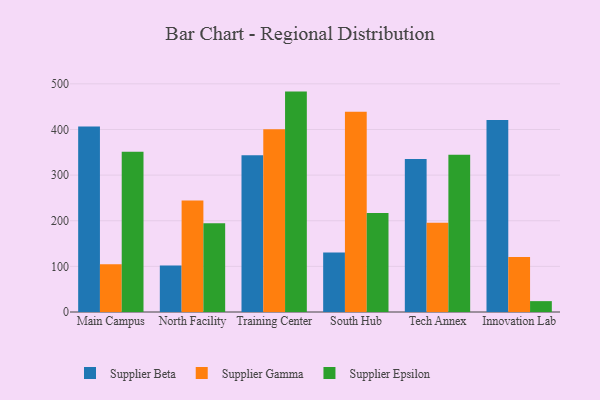
{"axis": {"x": "Campus", "y": "Production Output"}, "legend": ["Supplier Beta", "Supplier Epsilon", "Supplier Gamma"], "data": [{"x": "Main Campus", "y": 406.7, "type": "Supplier Beta"}, {"x": "Main Campus", "y": 104.9, "type": "Supplier Gamma"}, {"x": "Main Campus", "y": 351.3, "type": "Supplier Epsilon"}, {"x": "North Facility", "y": 101.9, "type": "Supplier Beta"}, {"x": "North Facility", "y": 244.3, "type": "Supplier Gamma"}, {"x": "North Facility", "y": 194.3, "type": "Supplier Epsilon"}, {"x": "Training Center", "y": 343.3, "type": "Supplier Beta"}, {"x": "Training Center", "y": 400.6, "type": "Supplier Gamma"}, {"x": "Training Center", "y": 483.0, "type": "Supplier Epsilon"}, {"x": "South Hub", "y": 130.4, "type": "Supplier Beta"}, {"x": "South Hub", "y": 438.7, "type": "Supplier Gamma"}, {"x": "South Hub", "y": 216.7, "type": "Supplier Epsilon"}, {"x": "Tech Annex", "y": 335.2, "type": "Supplier Beta"}, {"x": "Tech Annex", "y": 195.4, "type": "Supplier Gamma"}, {"x": "Tech Annex", "y": 344.7, "type": "Supplier Epsilon"}, {"x": "Innovation Lab", "y": 420.5, "type": "Supplier Beta"}, {"x": "Innovation Lab", "y": 120.7, "type": "Supplier Gamma"}, {"x": "Innovation Lab", "y": 23.8, "type": "Supplier Epsilon"}]}